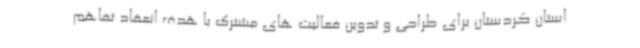
استان کردستان برای طراحی و تدوین فعالیت های مشترک با هدف انعقاد تفاهم